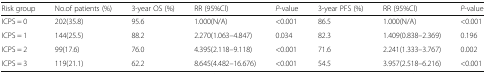
<table><thead><tr><td><b>Risk group</b></td><td><b>No.of patients (%)</b></td><td><b>3-year OS (%)</b></td><td><b>RR (95%Cl)</b></td><td><b><i>P</i>-value</b></td><td><b>3-year PFS (%)</b></td><td><b>RR (95%Cl)</b></td><td><b><i>P</i>-value</b></td></tr></thead><tbody><tr><td>ICPS = 0</td><td>202(35.8)</td><td>95.6</td><td>1.000(N/A)</td><td>&lt;0.001</td><td>86.5</td><td>1.000(N/A)</td><td>&lt;0.001</td></tr><tr><td>ICPS = 1</td><td>144(25.5)</td><td>88.2</td><td>2.270(1.063–4.847)</td><td>0.034</td><td>82.3</td><td>1.409(0.838–2.369)</td><td>0.196</td></tr><tr><td>ICPS = 2</td><td>99(17.6)</td><td>76.0</td><td>4.395(2.118–9.118)</td><td>&lt;0.001</td><td>71.6</td><td>2.241(1.333–3.767)</td><td>0.002</td></tr><tr><td>ICPS = 3</td><td>119(21.1)</td><td>62.2</td><td>8.645(4.482–16.676)</td><td>&lt;0.001</td><td>54.5</td><td>3.957(2.518–6.216)</td><td>&lt;0.001</td></tr></tbody></table>